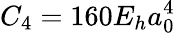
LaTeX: C_{4}=160E_{h}a_{0}^{4}